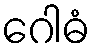
ဂေါဓံ